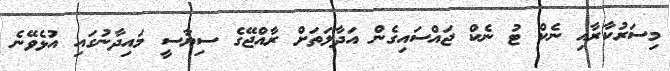
މިސަރުކާރާއި ނެކް ޓު ނެކް ޖައްސައިގެން އަދާލަތަށް ރާއްޖޭގެ ސިޔާސީ މައިދާނުގައި އުޅެވޭނެ